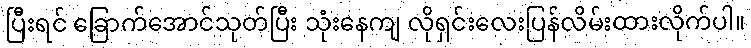
ပြီးရင် ခြောက်အောင်သုတ်ပြီး သုံးနေကျ လိုရှင်းလေးပြန်လိမ်းထားလိုက်ပါ။